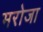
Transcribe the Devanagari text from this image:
मरोजा